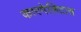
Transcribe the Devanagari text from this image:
कारमेलिटास